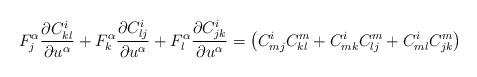
LaTeX: \begin{align*} F^\alpha_j{\frac{\partial C^i_{kl}}{\partial u^\alpha}}+F^\alpha_k{\frac{\partial C^i_{lj}}{\partial u^\alpha}}+F^\alpha_l{\frac{\partial C^i_{jk}}{\partial u^\alpha}}=\bigl(C^i_{mj}C^m_{kl} +C^i_{mk}C^m_{lj}+C^i_{ml}C^m_{jk}\bigr)\end{align*}